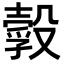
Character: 𣫃